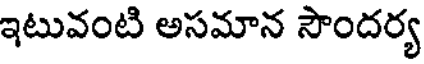
ఇటువంటి అసమాన సౌందర్య